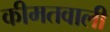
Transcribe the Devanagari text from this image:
कीमतवाली